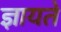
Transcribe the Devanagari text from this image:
ज्ञायते